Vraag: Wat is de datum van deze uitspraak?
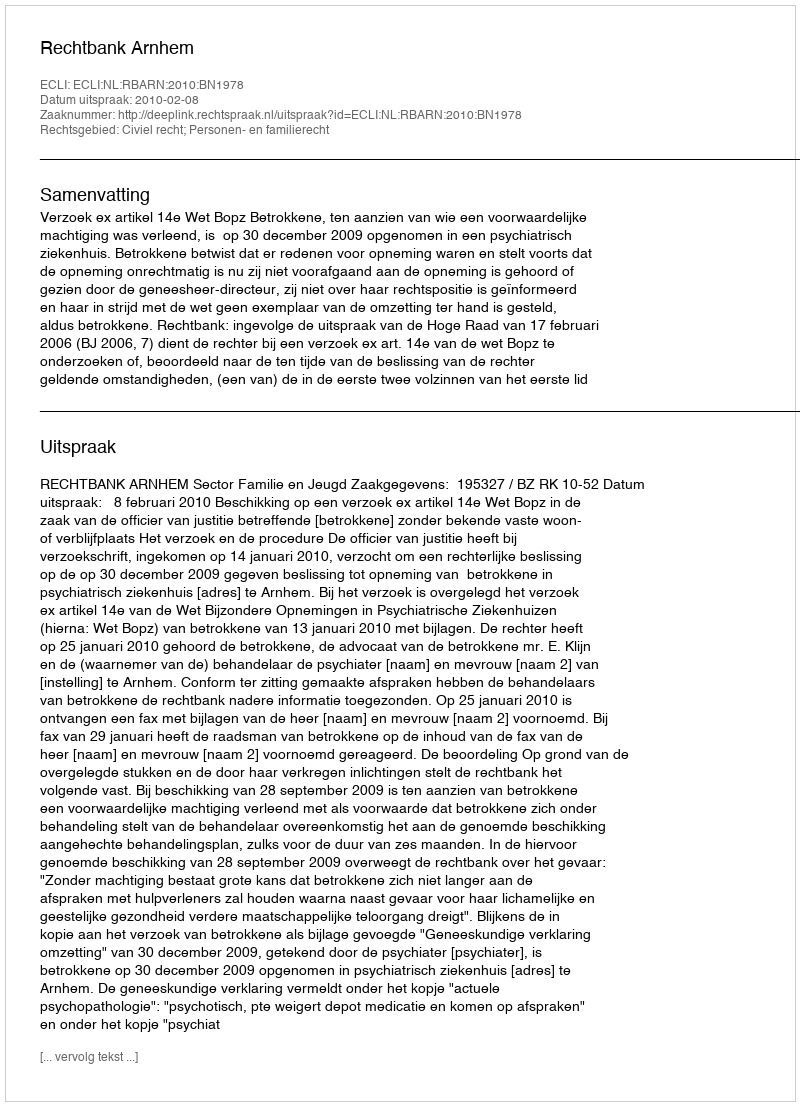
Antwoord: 2010-02-08